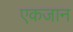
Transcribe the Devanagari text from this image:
एकजान